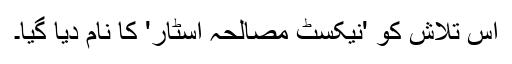
اس تلاش کو 'نیکسٹ مصالحہ اسٹار' کا نام دیا گیا۔